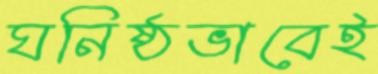
ঘনিষ্ঠভাবেই